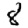
Digit: 8